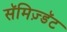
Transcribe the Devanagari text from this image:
सॅमिज़्डॅट